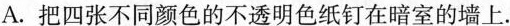
A.把四张不同颜色的不透明色纸钉在暗室的墙上.